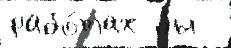
рабо́тах бы